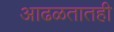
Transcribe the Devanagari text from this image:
आढळतातही